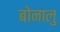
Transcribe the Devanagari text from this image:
बोनालु